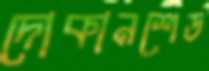
দোকানশেড